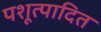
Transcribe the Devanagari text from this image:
पशूत्पादित